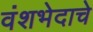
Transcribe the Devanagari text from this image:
वंशभेदाचे